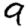
Digit: 9